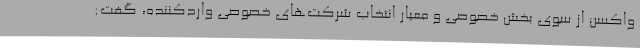
واکسن از سوی بخش خصوصی و معیار انتخاب شرکت‌های خصوصی واردکننده، گفت: